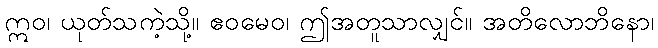
ဣဝ၊ ယုတ်သကဲ့သို့။ ဧဝမေဝ၊ ဤအတူသာလျှင်။ အတိလောဘိနော၊